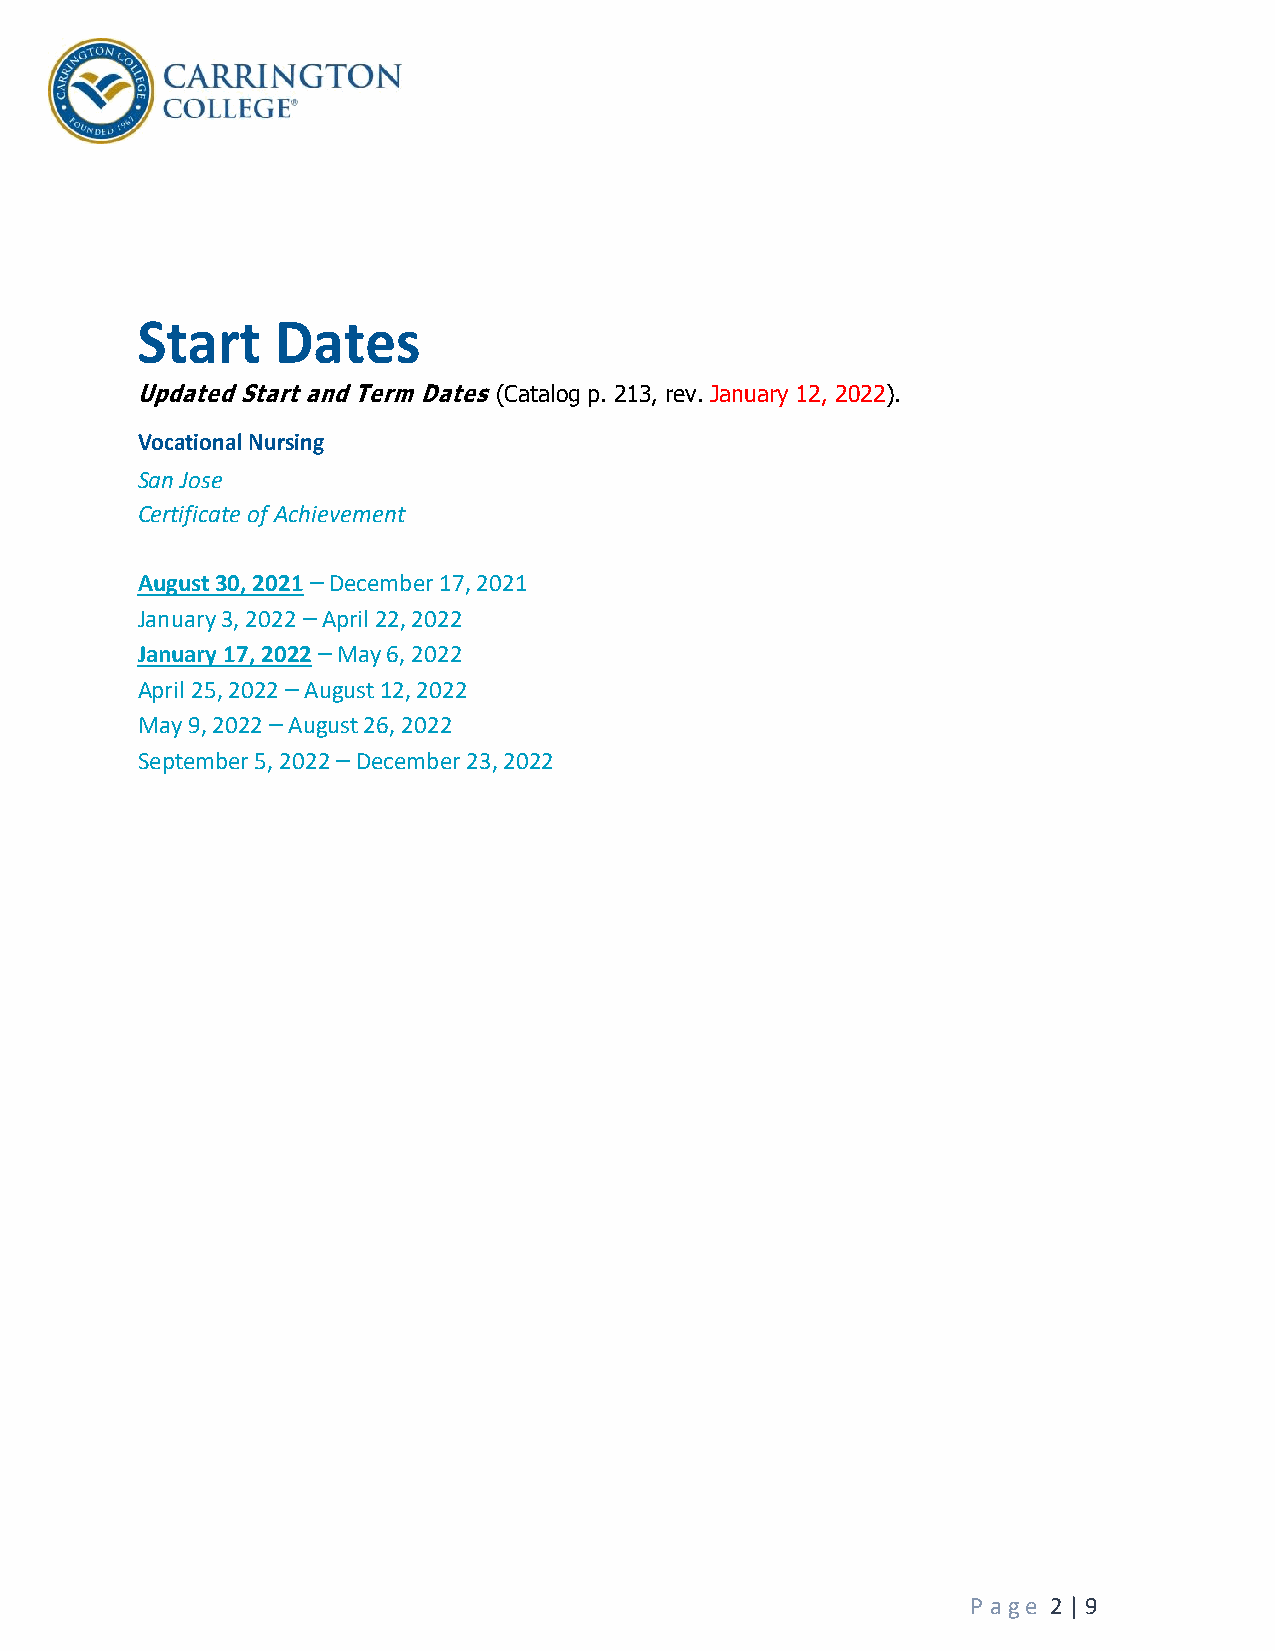
Start    Dates
 Updated Start and Term Dates (Catalog p. 213, rev. January 12, 2022).
 Vocational Nursing
 San Jose
 Certificate of Achievement
 August 30, 2021 – December 17, 2021
 January 3, 2022 – April 22, 2022
 January 17, 2022 – May 6, 2022
 April 25, 2022 – August 12, 2022
 May 9, 2022 – August 26, 2022
 September 5, 2022 – December 23, 2022
 P a g e 2 | 9